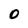
Character: O